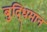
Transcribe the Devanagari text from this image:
बुद्‍धिमान